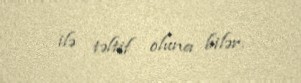
ilə təltif oluna bilər.